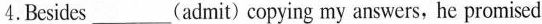
4.Besides ___ (admit) copying my answers, he promised